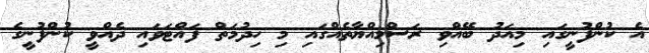
އެ ކުންފުނީގައި މިއަދު ބޭއްވި ރަސްމިއްޔާތެއްގައި މި ހިދުމަތް ފައްޓަވައި ދެއްވީ ކުންފުނީގެ